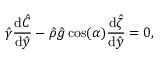
\hat { \gamma } \frac { \mathrm { d } \hat { C } } { \mathrm { d } \hat { y } } - \hat { \rho } \hat { g } \cos ( \alpha ) \frac { \mathrm { d } \hat { \zeta } } { \mathrm { d } \hat { y } } = 0 ,